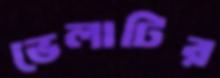
ভেলাটির